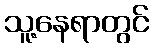
သူ့နေရာတွင်